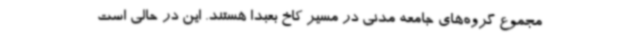
مجموع گروه‌های جامعه مدنی در مسیر کاخ بعبدا هستند. این در حالی است